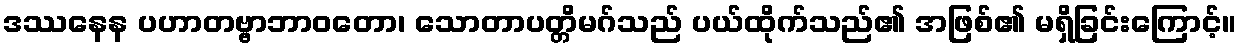
ဒဿနေန ပဟာတဗ္ဗာဘာဝတော၊ သောတာပတ္တိမဂ်သည် ပယ်ထိုက်သည်၏ အဖြစ်၏ မရှိခြင်းကြောင့်။